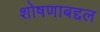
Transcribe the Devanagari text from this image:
शोषणाबद्दल